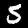
Label: 5